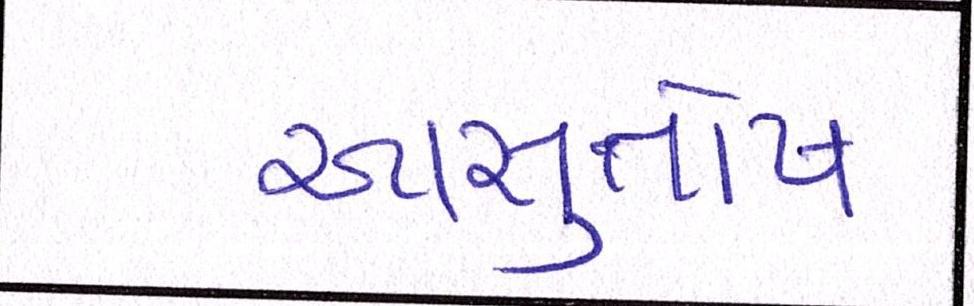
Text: આસુતોષ